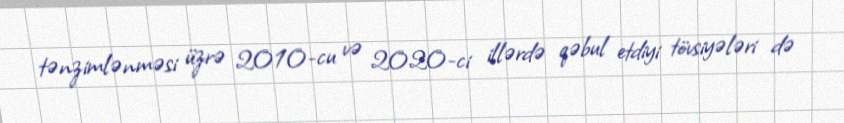
tənzimlənməsi üzrə 2010-cu və 2020-ci illərdə qəbul etdiyi tövsiyələri də